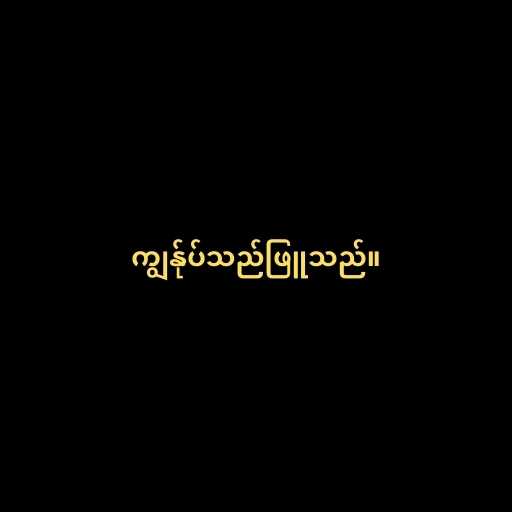
ကျွန်ုပ်သည်ဖြူသည်။